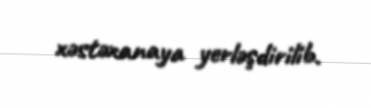
xəstəxanaya yerləşdirilib.